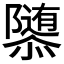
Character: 𱁀